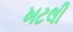
ખટલી